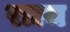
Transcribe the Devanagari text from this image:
राल्च